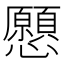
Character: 𢥧